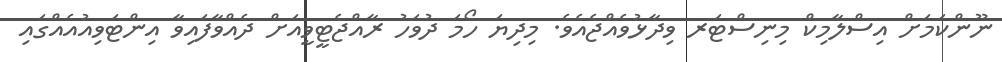
ނޫންކަމަށް އިސްލާމިކް މިނިސްޓަރ ވިދާޅުވެއްޖެއެވެ. މިދިޔަ ހޯމަ ދުވަހު ރާއްޖެޓީވީއަށް ދެއްވާފައިވާ އިންޓަވިއުއެއްގައި